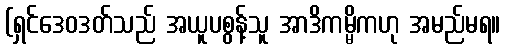
(ရှင်ဒေဝဒတ်သည် အယူပစွန့်သူ အာဒိကမ္မိကဟု အမည်မရ။